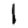
Digit: 1